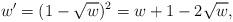
LaTeX: \begin{align*} w^{\prime}= (1-\sqrt{w})^2= w+1-2\sqrt{w},\end{align*}